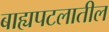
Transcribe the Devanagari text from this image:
बाह्यपटलातील